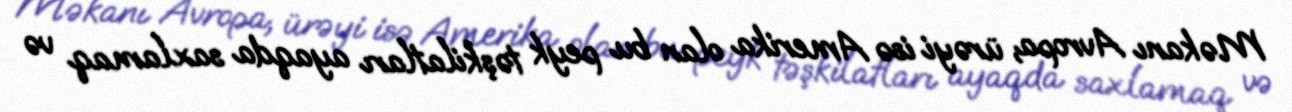
Məkanı Avropa, ürəyi isə Amerika olan bu peyk təşkilatları ayaqda saxlamaq və